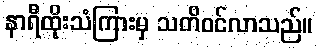
နာရီထိုးသံကြားမှ သတိဝင်လာသည်။